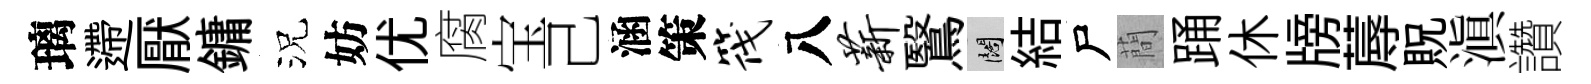
璃遰厭鏞況妨优腐宝己涵策筏八薪鷖闊結尸蕳踊休牓蓐貺滇讚